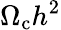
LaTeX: \Omega_{\mathrm{c}}h^{2}